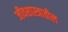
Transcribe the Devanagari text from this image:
जीवशास्त्रातील